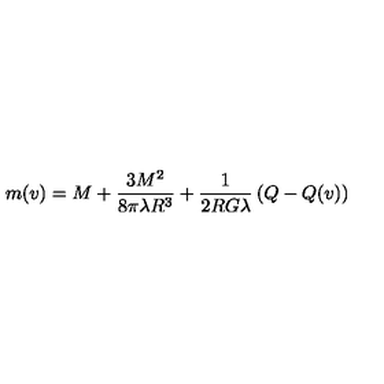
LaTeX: m ( v ) = M + \frac { 3 M ^ { 2 } } { 8 \pi \lambda R ^ { 3 } } + \frac { 1 } { 2 R G \lambda } \left( Q - Q ( v ) \right)